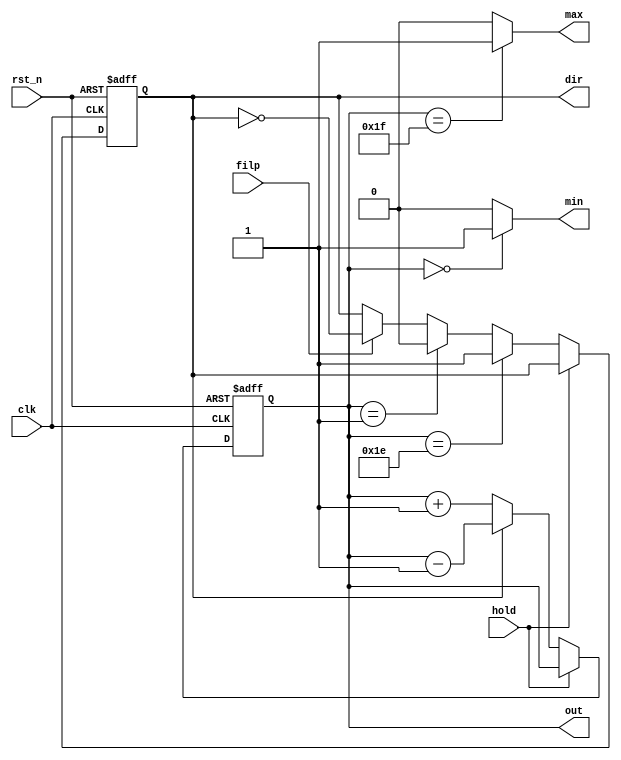
`timescale 1ns / 1ps
//////////////////////////////////////////////////////////////////////////////////
// Company: 
// Engineer: 
// 
// Design Name: 
// Module Name: pingpong
// Project Name: 
// Target Devices: 
// Tool Versions: 
// Description: 
// 
// Dependencies: 
// 
// Revision:
// Revision 0.01 - File Created
// Additional Comments:
// 
//////////////////////////////////////////////////////////////////////////////////

`timescale 1ns / 1ps

module pingpong(
clk,
rst_n,
out,
max,
min,
hold,
filp,
dir);

input clk,rst_n,hold,filp;
output [4:0] out;
output dir;
output max,min;

parameter MAX_VALUE = 5'b11111;
parameter MIN_VALUE = 5'b00000;

reg [4:0] result;
wire [4:0] expression;
reg direction;

assign out = result;
assign dir = direction;
assign expression = (!dir) ? (result + 1'b1) : (result - 1'b1);
assign max = (result == MAX_VALUE) ? 1: 0;
assign min = (result == MIN_VALUE) ? 1: 0;

always @(posedge clk or negedge rst_n) begin
    if(rst_n) begin//reset triggered on
        if(!hold) begin//triggered count if hold==0
			if(filp) begin
			direction <= ~direction;//if filp triggered on then invert direction state
			result <= expression;
			end else begin//filp triggered off
			result <= expression;
			end//end of if(filp)
			if(result == MAX_VALUE - 1'b1) begin
            direction <= 1'b1;
            end else if(result == MIN_VALUE + 1'b1) begin
            direction <= 1'b0;
            end
				    
        end//end of if(!hold)
    end else begin//if rst_n==0 then reset to initial state  
    result <= 5'b00000;//initial and triggered off remain zero
    direction <= 1'b0;//assume initial dir is 1
    end//end of else

end//end of always posedge clk

endmodule